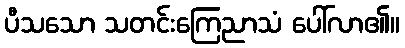
ပီသသော သတင်းကြေညာသံ ပေါ်လာ၏။